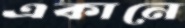
একানে